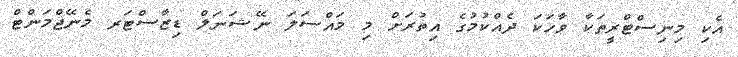
އެކި މިނިސްޓްްރީތަކާ ވާހަކަ ދެއްކުމުގެ އިތުރަށް މި މައްސަލަ ނޭޝަނަލް ޑިޒާސްޓަރ މެނޭޖްމަންޓް